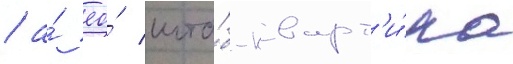
/ а́ ео́ шта́б-кварт'и́ра